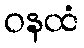
ဝနထံ